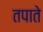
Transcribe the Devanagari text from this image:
तपाते